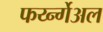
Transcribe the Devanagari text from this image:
फर्य्न्गेअल